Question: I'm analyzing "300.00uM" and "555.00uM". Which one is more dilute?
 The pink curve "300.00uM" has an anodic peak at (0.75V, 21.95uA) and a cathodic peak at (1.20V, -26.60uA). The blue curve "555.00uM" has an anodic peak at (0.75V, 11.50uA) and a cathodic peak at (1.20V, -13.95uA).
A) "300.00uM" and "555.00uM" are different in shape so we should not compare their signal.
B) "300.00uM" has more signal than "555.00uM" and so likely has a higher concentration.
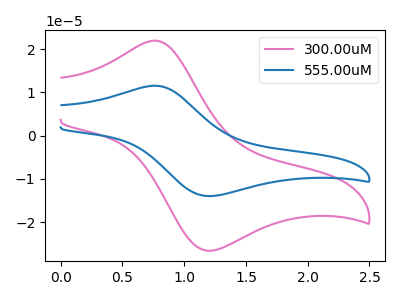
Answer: <think>All the peaks in "300.00uM" have a peak in "555.00uM" at the same potential. Every peak in "300.00uM" is higher than every peak in "555.00uM".
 </think>
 <answer>B) "300.00uM" has more signal than "555.00uM" and so likely has a higher concentration.</answer>
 <eval>B</eval>